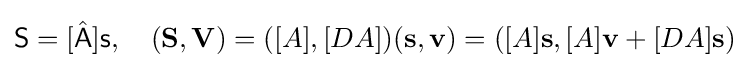
{\mathsf {S}}=[{\hat {\mathsf {A}}}]{\mathsf {s}},\quad (\mathbf {S} ,\mathbf {V} )=([A],[DA])(\mathbf {s} ,\mathbf {v} )=([A]\mathbf {s} ,[A]\mathbf {v} +[DA]\mathbf {s} )